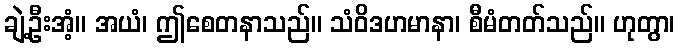
ချဲ့ဦးအံ့။ အယံ၊ ဤစေတနာသည်။ သံဝိဒဟမာနာ၊ စီမံတတ်သည်။ ဟုတွာ၊